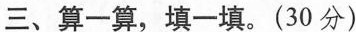
三、算一算，填一填。(30分)